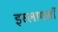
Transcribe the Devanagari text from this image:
इस्लामख़ाँ